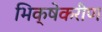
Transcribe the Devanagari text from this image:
भिक्षेकरीण